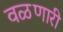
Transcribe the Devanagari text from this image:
वळणारी